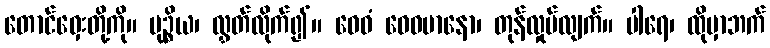
တောင်ဝှေးတို့ကို။ မုဉ္စိယ၊ လွှတ်လိုက်၍။ ဝေဓံ ဝေဓမာနော၊ တုန်လှုပ်လျက်။ ပါရေ၊ ထိုမှာဘက်